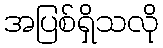
အပြစ်ရှိသလို